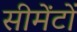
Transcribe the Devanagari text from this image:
सीमेंटों